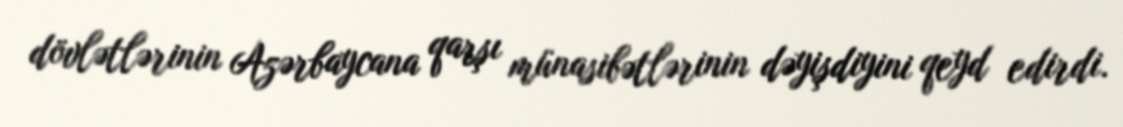
dövlətlərinin Azərbaycana qarşı münasibətlərinin dəyişdiyini qeyd edirdi.